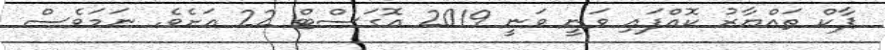
ޕާކް ތައްޔާރު ކޮއްފައި ވަނީ ވަނީ 2019 އޮގަސްޓް 22 އަށެވެ. ނަމަވެސް